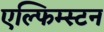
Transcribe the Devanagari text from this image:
एल्फिम्स्टन